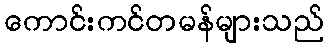
ကောင်းကင်တမန်များသည်